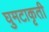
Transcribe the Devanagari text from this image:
घुमटाकृती